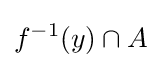
f^{-1}(y)\cap A